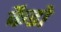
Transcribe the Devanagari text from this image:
कैडो